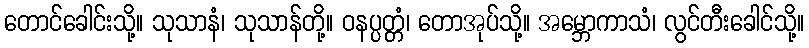
တောင်ခေါင်းသို့။ သုသာနံ၊ သုသာန်တို့။ ဝနပ္ပတ္တံ၊ တောအုပ်သို့။ အမ္ဘောကာသံ၊ လွင်တီးခေါင်သို့။